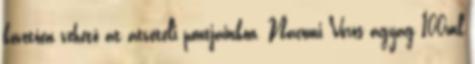
követően vehető át átvételi pontjainkon. Nacomi Vörös agyag 100ml